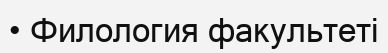
• Филология факультеті